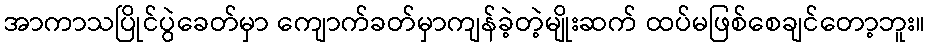
အာကာသပြိုင်ပွဲခေတ်မှာ ကျောက်ခတ်မှာကျန်ခဲ့တဲ့မျိုးဆက် ထပ်မဖြစ်စေချင်တော့ဘူး။